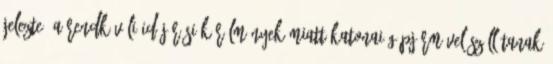
jelezte. A rendkívüli időjárási körülmények miatt katonai gépjárművel szállítanak